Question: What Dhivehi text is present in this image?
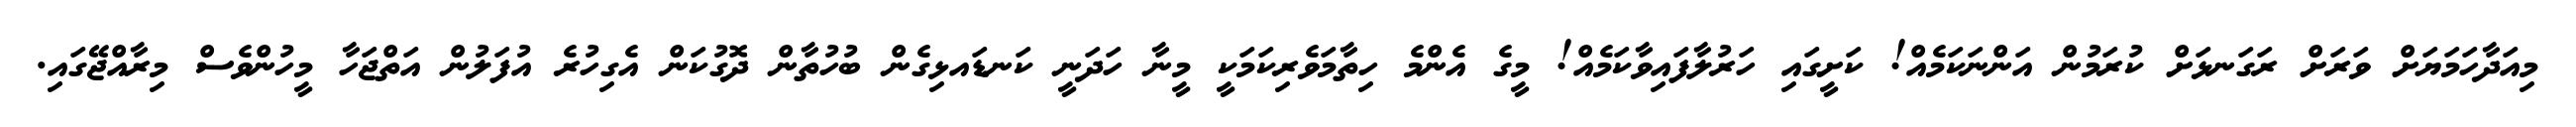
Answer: މިއަދާހަމަޔަށް ވަރަށް ރަގަނޅަށް ކުރަމުން އަންނަކަމެއް! ކަށީގައި ހަރުލާފައިވާކަމެއް! މީގެ އެންމެ ހިތާމަވެރިކަމަކީ މީނާ ހަދަނީ ކަނޑައޅިގެން ބުހުތާން ދޮގުކަން އެގިހުރެ އުފަލުން އަތްޖަހާ މީހުންވެސް މިރާއްޖޭގައި.